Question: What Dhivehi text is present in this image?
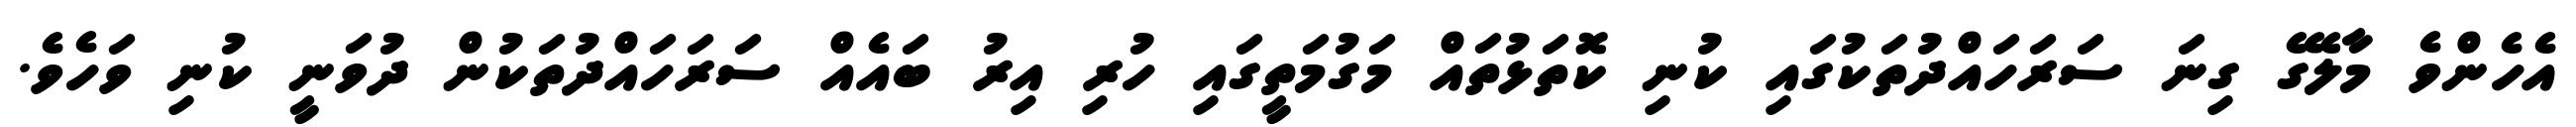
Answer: އެހެންވެ މާލޭގެ ގިނަ ސަރަހައްދުތަކުގައި ކުނި ކޮތަޅުތައް މަގުމަތީގައި ހުރި އިރު ބައެއް ސަރަހައްދުތަކުން ދުވަނީ ކުނި ވަހެވެ.